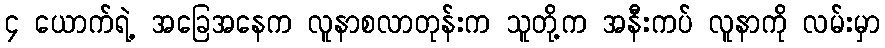
၄ ယောက်ရဲ့ အခြေအနေက လူနာစလာတုန်းက သူတို့က အနီးကပ် လူနာကို လမ်းမှာ